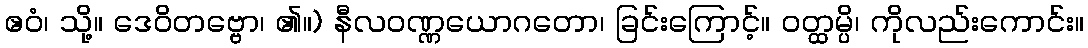
ဧဝံ၊ သို့။ ဒေဝိတဗ္ဗော၊ ၏။) နီလဝဏ္ဏယောဂတော၊ ခြင်းကြောင့်။ ဝတ္ထမ္ပိ၊ ကိုလည်းကောင်း။